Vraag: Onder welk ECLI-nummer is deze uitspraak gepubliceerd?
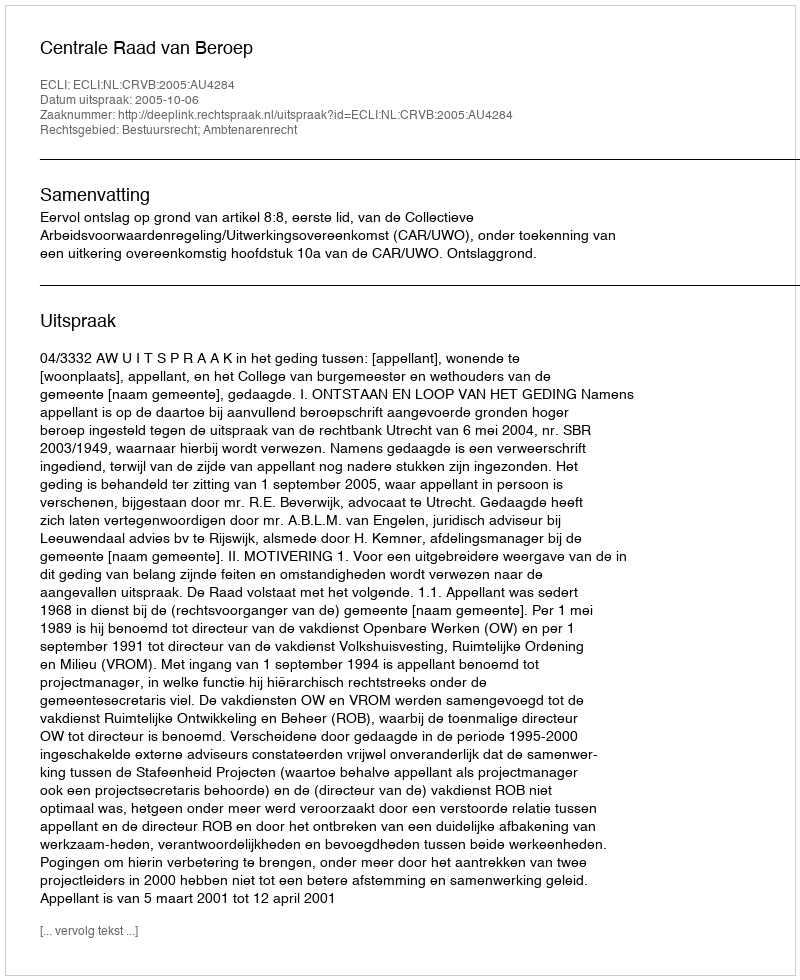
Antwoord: ECLI:NL:CRVB:2005:AU4284